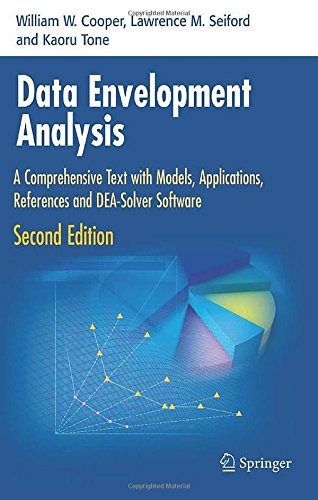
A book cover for Data Envelopment Analysis: A Comprehensive Text with Models, Applications, References and DEA-Solver Software; William W. Cooper; Business & Money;